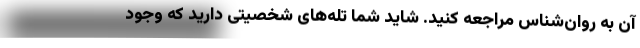
آن به روان‌شناس مراجعه کنید. شاید شما تله‌های شخصیتی دارید که وجود